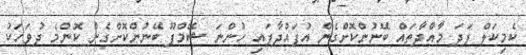
ކެމިކަލް ފަދަ މާއްދާތައް ބޭނުންކޮށްގެން އުފައްދާފައި ހުންނަ ޝޭމްޕޫ ބޭނުންކޮށްގެން ކޮންމެ ދުވަހަކު